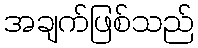
အချက်ဖြစ်သည်